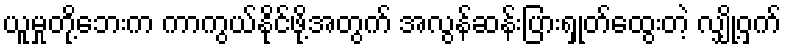
ယူမှုတို့ဘေးက ကာကွယ်နိုင်ဖို့အတွက် အလွန်ဆန်းပြားရှုတ်ထွေးတဲ့ လျှို့ဝှက်